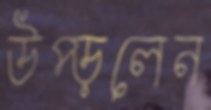
উপ্‌ড়লেন